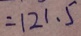
= 1 2 1 . 5